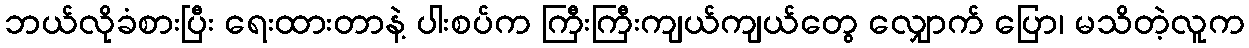
ဘယ်လိုခံစားပြီး ရေးထားတာနဲ့ ပါးစပ်က ကြီးကြီးကျယ်ကျယ်တွေ လျှောက် ပြော၊ မသိတဲ့လူက